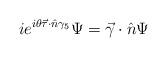
LaTeX: \begin{align*}ie^{i\theta \vec\tau \cdot \hat n \gamma_5} \Psi = \vec \gamma \cdot \hat n \Psi\end{align*}